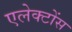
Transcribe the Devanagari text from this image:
एलेक्टोंस